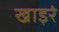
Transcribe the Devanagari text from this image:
खाइरं